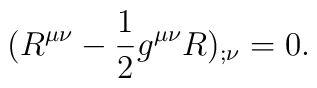
(R^{\mu\nu}-\frac{1}{2}g^{\mu\nu}R)_{;\nu}=0.